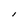
Character: I